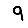
Digit: 9